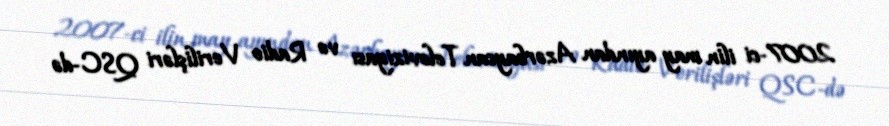
2007-ci ilin may ayından Azərbaycan Televiziyası və Radio Verilişləri QSC-də